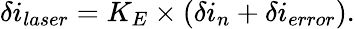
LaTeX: \delta i_{laser}=K_{E}\times(\delta i_{n}+\delta i_{error}).